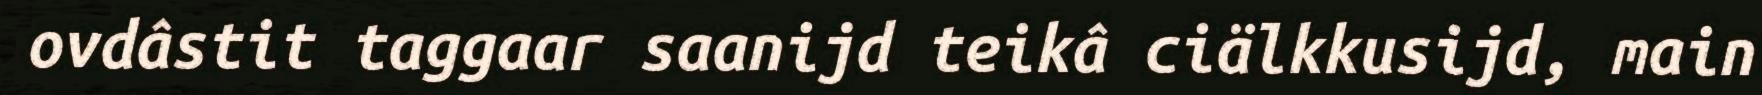
ovdâstit taggaar saanijd teikâ ciälkkusijd, main